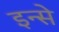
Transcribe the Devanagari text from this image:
इन्से